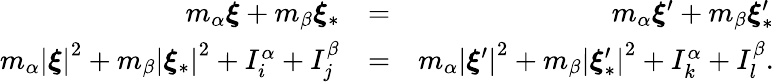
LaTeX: \begin{array}{rlr}{m_{\alpha}\boldsymbol{\xi}+m_{\beta}\boldsymbol{\xi}_{\ast}}&{=}&{m_{\alpha}\boldsymbol{\xi}^{\prime}+m_{\beta}\boldsymbol{\xi}_{\ast}^{\prime}}\\ {m_{\alpha}\left\vert\boldsymbol{\xi}\right\vert^{2}+m_{\beta}\left\vert\boldsymbol{\xi}_{\ast}\right\vert^{2}+I_{i}^{\alpha}+I_{j}^{\beta}}&{=}&{m_{\alpha}\left\vert\boldsymbol{\xi}^{\prime}\right\vert^{2}+m_{\beta}\left\vert\boldsymbol{\xi}_{\ast}^{\prime}\right\vert^{2}+I_{k}^{\alpha}+I_{l}^{\beta}\mathrm{.}}\end{array}